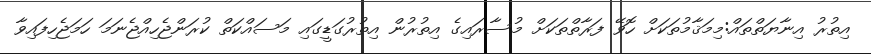
އިތުރު އިނާޔަތްތައް:މިމަޤާމުތަކަށް ހޮވޭ ފަރާތްތަކަށް މުސާރައިގެ އިތުރުން އިތުރުގަޑީގައި މަސައްކަތް ކުރަންޖެހިއްޖެނަމަ ހަމަޖެހިފައިވާ